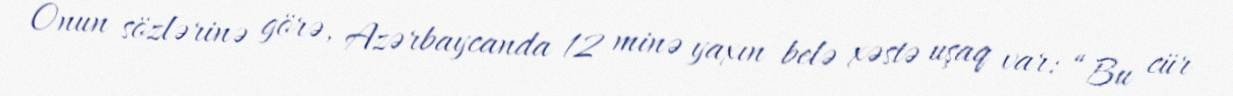
Onun sözlərinə görə, Azərbaycanda 12 minə yaxın belə xəstə uşaq var: “Bu cür